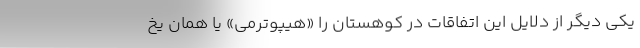
یکی دیگر از دلایل این اتفاقات در کوهستان را «هیپوترمی» یا همان یخ